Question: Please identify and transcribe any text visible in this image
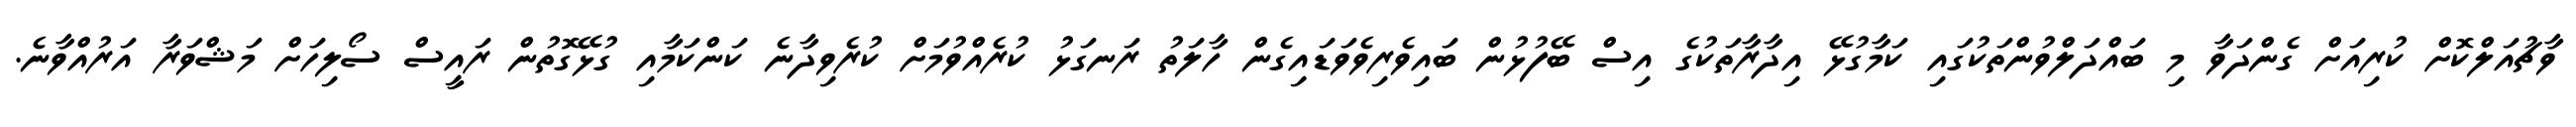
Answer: ވާޗުއަލްކޮށް ކުރިއަށް ގެންދަވާ މި ބައްދަލްވުންތަކުގައި ކަމާގުޅޭ އިދާރާތަކުގެ އިސް ބޭފުޅުން ބައިވެރިވެވަޑައިގެން ހާލަތު ރަނގަޅު ކުރެއްވުމަށް ކުރެވިދާނެ ކަންކަމާއި ގުޅޭގޮތުން ރައީސް ސޯލިހަށް މަޝްވަރާ އަރުއްވާނެ.